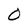
Character: O